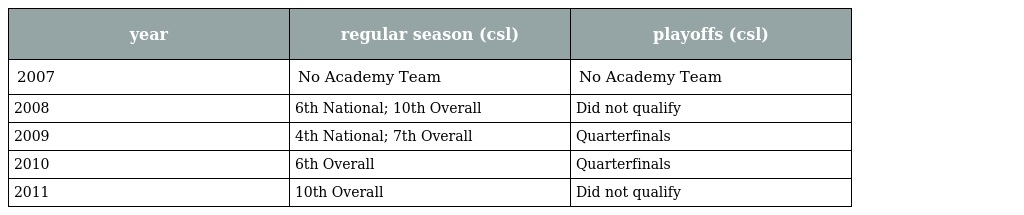
| year | regular season (csl) | playoffs (csl) |
 | --- | --- | --- |
 | 2007 | No Academy Team | No Academy Team |
 | 2008 | 6th National; 10th Overall | Did not qualify |
 | 2009 | 4th National; 7th Overall | Quarterfinals |
 | 2010 | 6th Overall | Quarterfinals |
 | 2011 | 10th Overall | Did not qualify |